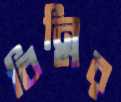
বিন্নির